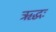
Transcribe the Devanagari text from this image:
ऋद्धः